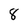
Character: 8